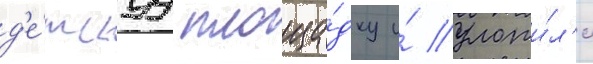
д'е́тскуу площа́дку и́ уложи́л'и